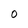
Character: 0